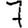
Digit: 7